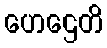
ဟေဌေတိ